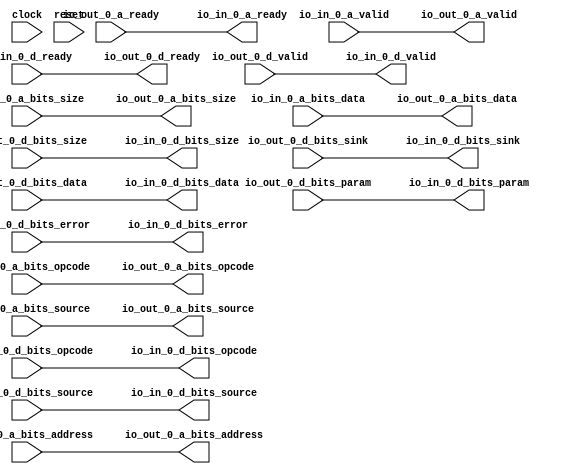
// Copyright (c) 2017, Microsemi Corporation
// All rights reserved.
//
// Redistribution and use in source and binary forms, with or without
// modification, are permitted provided that the following conditions are met:
//     * Redistributions of source code must retain the above copyright
//       notice, this list of conditions and the following disclaimer.
//     * Redistributions in binary form must reproduce the above copyright
//       notice, this list of conditions and the following disclaimer in the
//       documentation and/or other materials provided with the distribution.
//     * Neither the name of the <organization> nor the
//       names of its contributors may be used to endorse or promote products
//       derived from this software without specific prior written permission.
//
// THIS SOFTWARE IS PROVIDED BY THE COPYRIGHT HOLDERS AND CONTRIBUTORS "AS IS" AND
// ANY EXPRESS OR IMPLIED WARRANTIES, INCLUDING, BUT NOT LIMITED TO, THE IMPLIED
// WARRANTIES OF MERCHANTABILITY AND FITNESS FOR A PARTICULAR PURPOSE ARE
// DISCLAIMED. IN NO EVENT SHALL MICROSEMI CORPORATIONM BE LIABLE FOR ANY
// DIRECT, INDIRECT, INCIDENTAL, SPECIAL, EXEMPLARY, OR CONSEQUENTIAL DAMAGES
// (INCLUDING, BUT NOT LIMITED TO, PROCUREMENT OF SUBSTITUTE GOODS OR SERVICES;
// LOSS OF USE, DATA, OR PROFITS; OR BUSINESS INTERRUPTION) HOWEVER CAUSED AND
// ON ANY THEORY OF LIABILITY, WHETHER IN CONTRACT, STRICT LIABILITY, OR TORT
// (INCLUDING NEGLIGENCE OR OTHERWISE) ARISING IN ANY WAY OUT OF THE USE OF THIS
// SOFTWARE, EVEN IF ADVISED OF THE POSSIBILITY OF SUCH DAMAGE.
//
// APACHE LICENSE
// Copyright (c) 2017, Microsemi Corporation 
//
// Licensed under the Apache License, Version 2.0 (the "License");
// you may not use this file except in compliance with the License.
// You may obtain a copy of the License at
//
//    http://www.apache.org/licenses/LICENSE-2.0
//
// Unless required by applicable law or agreed to in writing, software
// distributed under the License is distributed on an "AS IS" BASIS,
// WITHOUT WARRANTIES OR CONDITIONS OF ANY KIND, either express or implied.
// See the License for the specific language governing permissions and
// limitations under the License.
//
// Description:
//
// SVN Revision Information:
// SVN $Revision: $
// SVN $Date: $
//
// Resolved SARs
// SAR      Date     Who   Description
//
// Notes:
//
// ****************************************************************************/
`define RANDOMIZE
`timescale 1ns/10ps
module MIV_RV32IMA_MIV_RV32IMA_0_MIV_RV32IMA_L1_AHB_TL_XBAR_MEMORY_BUS(
  input         clock,
  input         reset,
  output        io_in_0_a_ready,
  input         io_in_0_a_valid,
  input  [2:0]  io_in_0_a_bits_opcode,
  input  [2:0]  io_in_0_a_bits_size,
  input  [2:0]  io_in_0_a_bits_source,
  input  [31:0] io_in_0_a_bits_address,
  input  [31:0] io_in_0_a_bits_data,
  input         io_in_0_d_ready,
  output        io_in_0_d_valid,
  output [2:0]  io_in_0_d_bits_opcode,
  output [1:0]  io_in_0_d_bits_param,
  output [2:0]  io_in_0_d_bits_size,
  output [2:0]  io_in_0_d_bits_source,
  output        io_in_0_d_bits_sink,
  output [31:0] io_in_0_d_bits_data,
  output        io_in_0_d_bits_error,
  input         io_out_0_a_ready,
  output        io_out_0_a_valid,
  output [2:0]  io_out_0_a_bits_opcode,
  output [2:0]  io_out_0_a_bits_size,
  output [2:0]  io_out_0_a_bits_source,
  output [31:0] io_out_0_a_bits_address,
  output [31:0] io_out_0_a_bits_data,
  output        io_out_0_d_ready,
  input         io_out_0_d_valid,
  input  [2:0]  io_out_0_d_bits_opcode,
  input  [1:0]  io_out_0_d_bits_param,
  input  [2:0]  io_out_0_d_bits_size,
  input  [2:0]  io_out_0_d_bits_source,
  input         io_out_0_d_bits_sink,
  input  [31:0] io_out_0_d_bits_data,
  input         io_out_0_d_bits_error
);
  wire  _T_997;
  wire  _T_1004;
  wire  _T_1005;
  wire  _T_1007;
  wire  _T_1072;
  wire  _T_1079;
  wire  _T_1080;
  wire  _T_1082;
  assign io_in_0_a_ready = io_out_0_a_ready;
  assign io_in_0_d_valid = io_out_0_d_valid;
  assign io_in_0_d_bits_opcode = io_out_0_d_bits_opcode;
  assign io_in_0_d_bits_param = io_out_0_d_bits_param;
  assign io_in_0_d_bits_size = io_out_0_d_bits_size;
  assign io_in_0_d_bits_source = io_out_0_d_bits_source;
  assign io_in_0_d_bits_sink = io_out_0_d_bits_sink;
  assign io_in_0_d_bits_data = io_out_0_d_bits_data;
  assign io_in_0_d_bits_error = io_out_0_d_bits_error;
  assign io_out_0_a_valid = io_in_0_a_valid;
  assign io_out_0_a_bits_opcode = io_in_0_a_bits_opcode;
  assign io_out_0_a_bits_size = io_in_0_a_bits_size;
  assign io_out_0_a_bits_source = io_in_0_a_bits_source;
  assign io_out_0_a_bits_address = io_in_0_a_bits_address;
  assign io_out_0_a_bits_data = io_in_0_a_bits_data;
  assign io_out_0_d_ready = io_in_0_d_ready;
  assign _T_997 = io_in_0_a_valid == 1'h0;
  assign _T_1004 = _T_997 | io_in_0_a_valid;
  assign _T_1005 = _T_1004 | reset;
  assign _T_1007 = _T_1005 == 1'h0;
  assign _T_1072 = io_out_0_d_valid == 1'h0;
  assign _T_1079 = _T_1072 | io_out_0_d_valid;
  assign _T_1080 = _T_1079 | reset;
  assign _T_1082 = _T_1080 == 1'h0;
  always @(posedge clock) begin
    `ifndef SYNTHESIS
    `ifdef PRINTF_COND
      if (`PRINTF_COND) begin
    `endif
        if (1'h0) begin
          $fwrite(32'h80000002,"Assertion failed\n    at Arbiter.scala:66 assert((prefixOR zip winner) map { case (p,w) => !p || !w } reduce {_ && _})\n");
        end
    `ifdef PRINTF_COND
      end
    `endif
    `endif // SYNTHESIS
    `ifndef SYNTHESIS
    `ifdef STOP_COND
      if (`STOP_COND) begin
    `endif
        if (1'h0) begin
          $fatal;
        end
    `ifdef STOP_COND
      end
    `endif
    `endif // SYNTHESIS
    `ifndef SYNTHESIS
    `ifdef PRINTF_COND
      if (`PRINTF_COND) begin
    `endif
        if (_T_1007) begin
          $fwrite(32'h80000002,"Assertion failed\n    at Arbiter.scala:68 assert (!valids.reduce(_||_) || winner.reduce(_||_))\n");
        end
    `ifdef PRINTF_COND
      end
    `endif
    `endif // SYNTHESIS
    `ifndef SYNTHESIS
    `ifdef STOP_COND
      if (`STOP_COND) begin
    `endif
        if (_T_1007) begin
          $fatal;
        end
    `ifdef STOP_COND
      end
    `endif
    `endif // SYNTHESIS
    `ifndef SYNTHESIS
    `ifdef PRINTF_COND
      if (`PRINTF_COND) begin
    `endif
        if (1'h0) begin
          $fwrite(32'h80000002,"Assertion failed\n    at Arbiter.scala:66 assert((prefixOR zip winner) map { case (p,w) => !p || !w } reduce {_ && _})\n");
        end
    `ifdef PRINTF_COND
      end
    `endif
    `endif // SYNTHESIS
    `ifndef SYNTHESIS
    `ifdef STOP_COND
      if (`STOP_COND) begin
    `endif
        if (1'h0) begin
          $fatal;
        end
    `ifdef STOP_COND
      end
    `endif
    `endif // SYNTHESIS
    `ifndef SYNTHESIS
    `ifdef PRINTF_COND
      if (`PRINTF_COND) begin
    `endif
        if (_T_1082) begin
          $fwrite(32'h80000002,"Assertion failed\n    at Arbiter.scala:68 assert (!valids.reduce(_||_) || winner.reduce(_||_))\n");
        end
    `ifdef PRINTF_COND
      end
    `endif
    `endif // SYNTHESIS
    `ifndef SYNTHESIS
    `ifdef STOP_COND
      if (`STOP_COND) begin
    `endif
        if (_T_1082) begin
          $fatal;
        end
    `ifdef STOP_COND
      end
    `endif
    `endif // SYNTHESIS
  end
endmodule